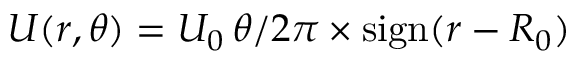
U ( r , \theta ) = U _ { 0 } \, \theta / 2 \pi \times \mathrm { s i g n } ( r - R _ { 0 } )